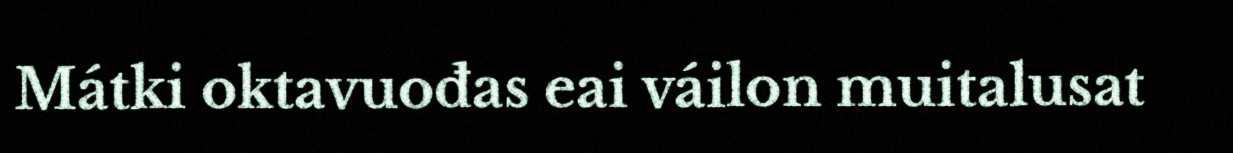
Mátki oktavuođas eai váilon muitalusat